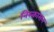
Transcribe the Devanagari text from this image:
निस्कासन